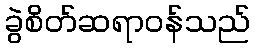
ခွဲစိတ်ဆရာဝန်သည်